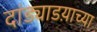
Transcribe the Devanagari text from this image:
दांड्याडय़ाच्या